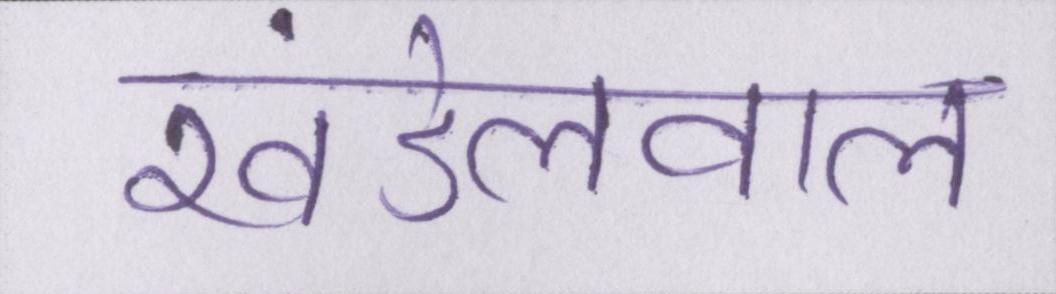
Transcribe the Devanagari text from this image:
खंडेलवाल